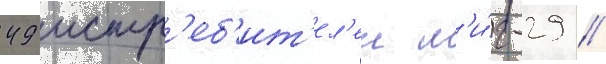
49 истр'еб'ит'ел'еи м'и́г-29 //